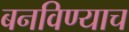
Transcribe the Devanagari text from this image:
बनविण्याच